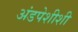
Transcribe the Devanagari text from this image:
अंडपेशीशी